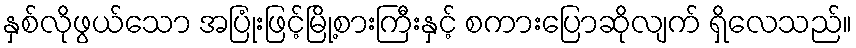
နှစ်လိုဖွယ်သော အပြုံးဖြင့်မြို့စားကြီးနှင့် စကားပြောဆိုလျက် ရှိလေသည်။